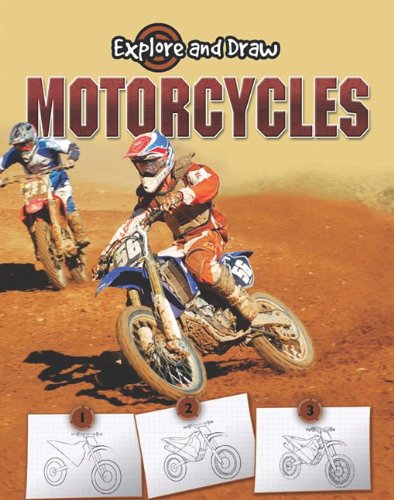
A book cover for Motorcycles (Explore & Draw); Gare Thompson; Children's Books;